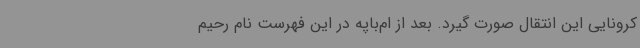
کرونایی این انتقال صورت گیرد. بعد از ام‌باپه در این فهرست نام رحیم